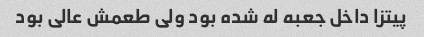
پیتزا داخل جعبه له شده بود ولی طعمش عالی بود